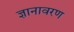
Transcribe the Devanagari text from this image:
ज्ञानावरण